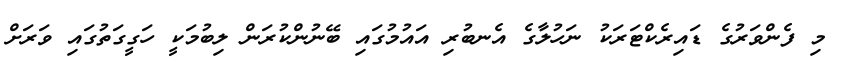
މި ފެންވަރުގެ ޑައިރެކްޓަރަކު ނަހުލާގެ އެނބުރި އައުމުގައި ބޭނުންކުރަން ލިބުމަކީ ހަގީގަތުގައި ވަރަށް